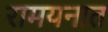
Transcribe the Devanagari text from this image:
रामयनात